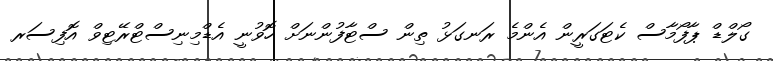
ގޯލްޑް ޕާފޯމާސް ކެޓަގަރީން އެންމެ ރަނގަޅު ތިން ސްޓާފުންނަށް ހޮވުނީ އެޑްމިނިސްޓްރޭޓިވް އޮފިސަރ